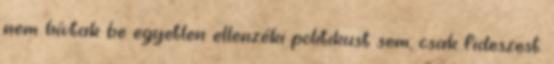
nem hívtak be egyetlen ellenzéki politikust sem, csak fideszest.